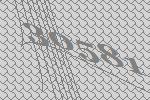
30581